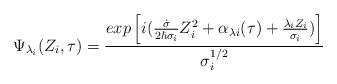
LaTeX: \begin{align*}\Psi_{\lambda_{i}}(Z_{i},\tau )=\frac{exp\left[i(\frac{\dot{\sigma}}{2\hbar\sigma_{i}}Z_{i}^{2}+\alpha_{\lambda{i}}(\tau )+\frac{\lambda_{i}Z_{i}}{\sigma_{i}})\right]}{\sigma_{i}^{1/2}}\end{align*}